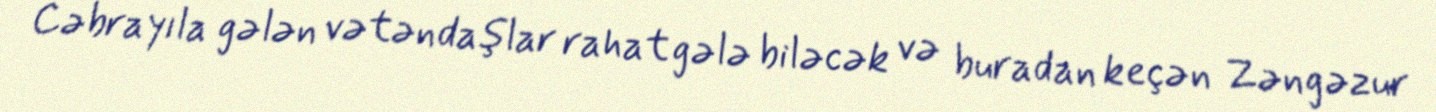
Cəbrayıla gələn vətəndaşlar rahat gələ biləcək və buradan keçən Zəngəzur